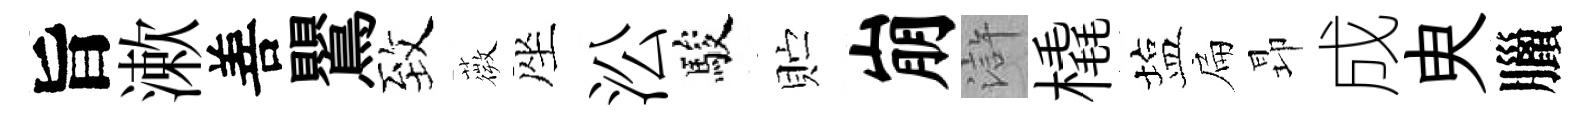
旨漱善鸎致薇座㳂駿贮崩滸橇塩扁昻成㬰臘